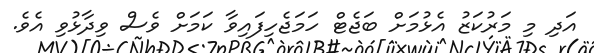
އަދި މި މަރުކަޒު އެޅުމަށް ބަޖެޓް ހަމަޖެހިފައިވާ ކަމަށް ވެސް ވިދާޅުވި އެވެ.